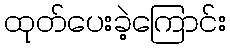
ထုတ်ပေးခဲ့ကြောင်း